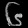
Digit: ၆